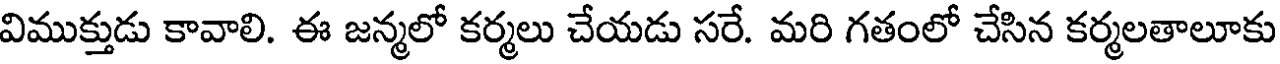
విముక్తుడు కావాలి. ఈ జన్మలో కర్మలు చేయడు సరే. మరి గతంలో చేసిన కర్మలతాలూకు